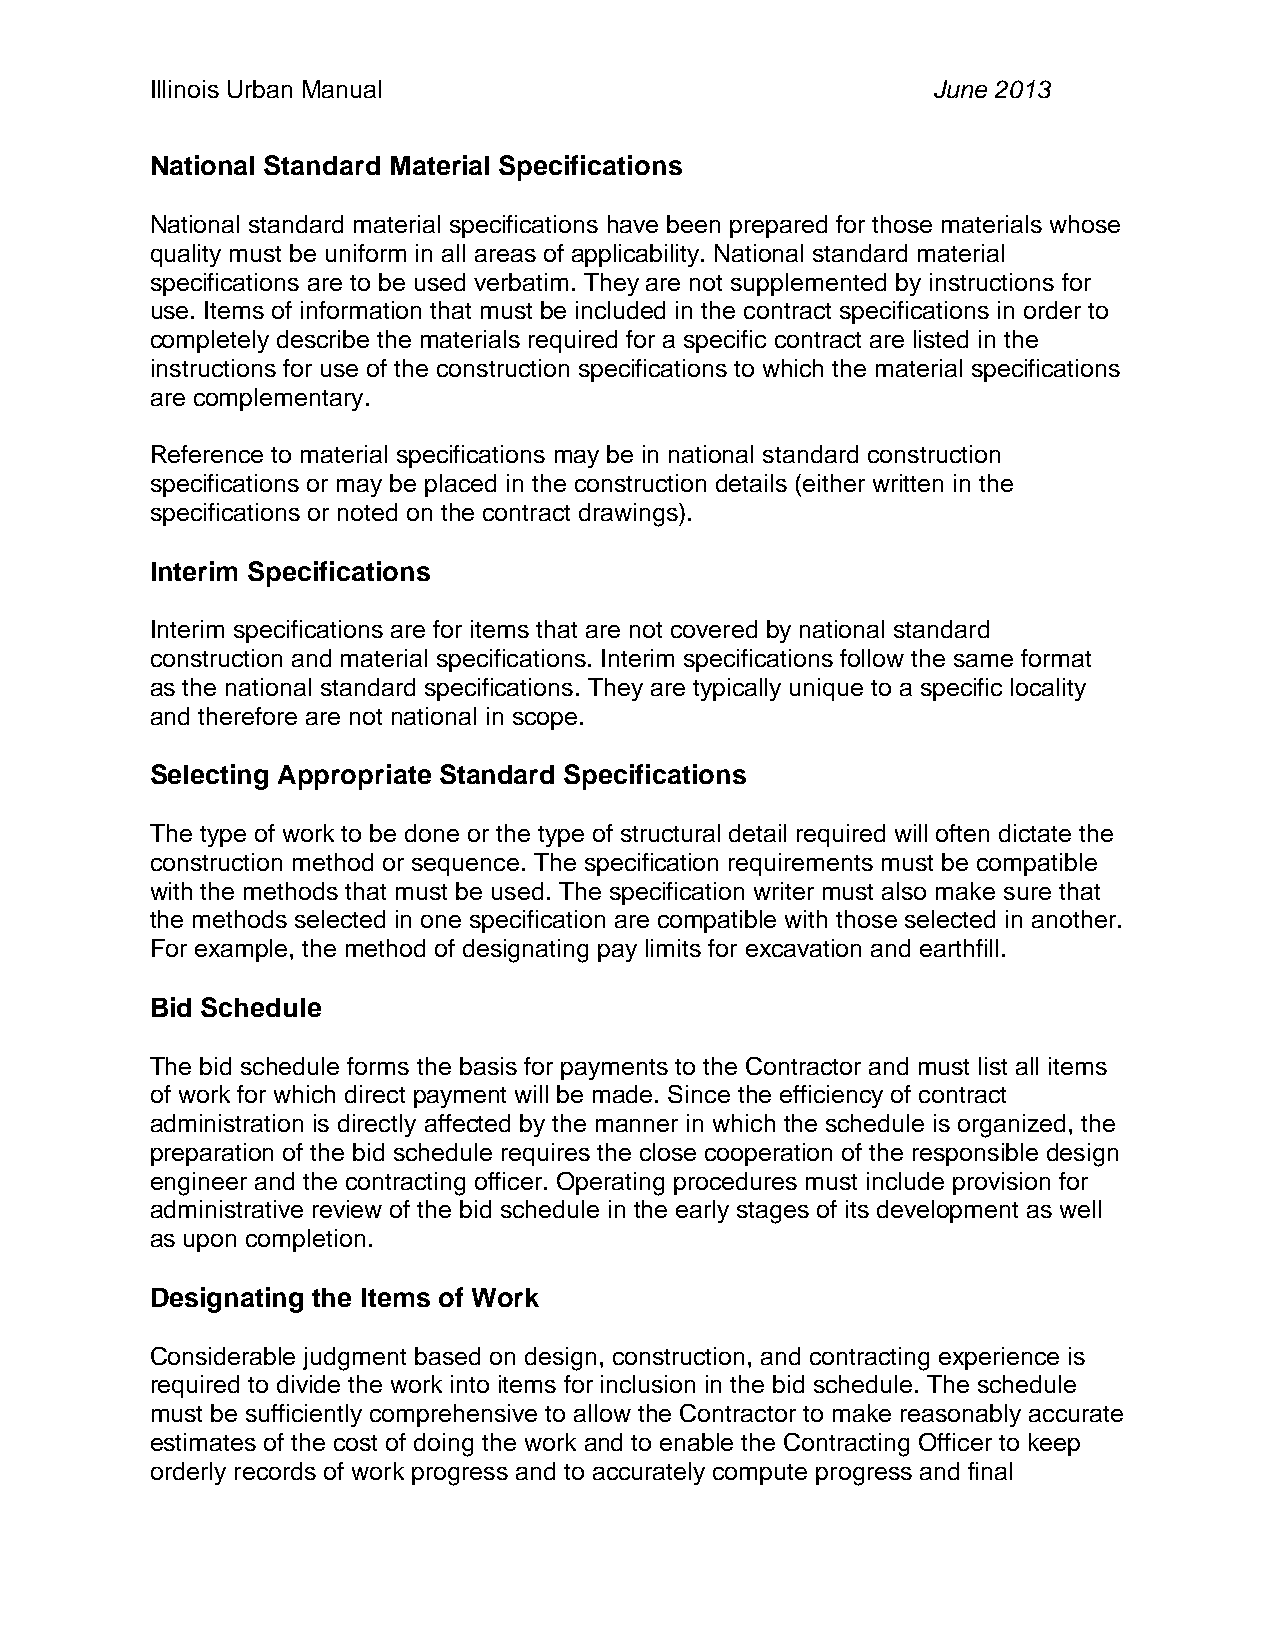
Illinois Urban Manual                               June 2013
 National Standard Material Specifications
 National standard material specifications have been prepared for those materials whose
 quality must be uniform in all areas of applicability. National standard material
 specifications are to be used verbatim. They are not supplemented by instructions for
 use. Items of information that must be included in the contract specifications in order to
 completely describe the materials required for a specific contract are listed in the
 instructions for use of the construction specifications to which the material specifications
 are complementary.
 Reference to material specifications may be in national standard construction
 specifications or may be placed in the construction details (either written in the
 specifications or noted on the contract drawings).
 Interim Specifications
 Interim specifications are for items that are not covered by national standard
 construction and material specifications. Interim specifications follow the same format
 as the national standard specifications. They are typically unique to a specific locality
 and therefore are not national in scope.
 Selecting Appropriate Standard Specifications
 The type of work to be done or the type of structural detail required will often dictate the
 construction method or sequence. The specification requirements must be compatible
 with the methods that must be used. The specification writer must also make sure that
 the methods selected in one specification are compatible with those selected in another.
 For example, the method of designating pay limits for excavation and earthfill.
 Bid Schedule
 The bid schedule forms the basis for payments to the Contractor and must list all items
 of work for which direct payment will be made. Since the efficiency of contract
 administration is directly affected by the manner in which the schedule is organized, the
 preparation of the bid schedule requires the close cooperation of the responsible design
 engineer and the contracting officer. Operating procedures must include provision for
 administrative review of the bid schedule in the early stages of its development as well
 as upon completion.
 Designating the Items of Work
 Considerable judgment based on design, construction, and contracting experience is
 required to divide the work into items for inclusion in the bid schedule. The schedule
 must be sufficiently comprehensive to allow the Contractor to make reasonably accurate
 estimates of the cost of doing the work and to enable the Contracting Officer to keep
 orderly records of work progress and to accurately compute progress and final